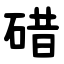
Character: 碏